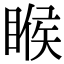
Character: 睺